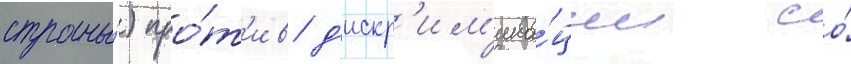
страны́) про́т'ив д'искр'им'ина́ции со́